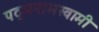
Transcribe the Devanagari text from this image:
पद्मनाभस्‍वामी